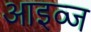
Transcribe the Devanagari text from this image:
आइव्ज